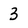
Character: 3